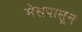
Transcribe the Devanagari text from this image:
मेसपासून